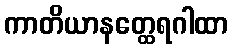
ကာတိယာနတ္ထေရဂါထာ